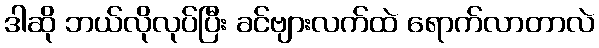
ဒါဆို ဘယ်လိုလုပ်ပြီး ခင်ဗျားလက်ထဲ ရောက်လာတာလဲ